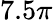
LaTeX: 7.5\pi